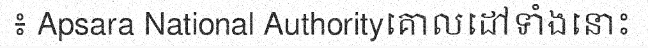
៖ Apsara National Authorityគោលដៅទាំងនោះ